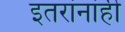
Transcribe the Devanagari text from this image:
इतरांनांही